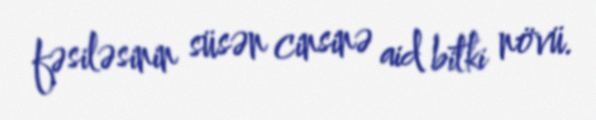
fəsiləsinin süsən cinsinə aid bitki növü.